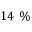
1 4 \ \%